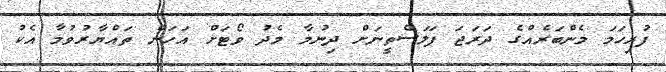
ފުރިހަމަ މެންބަރެއްގެ ދަރަޖަ ފަލަސްތީނަށް ދިނުމާ މެދު ވޯޓަށް އަހަން ތައްޔާރުވުމާ އެކު